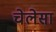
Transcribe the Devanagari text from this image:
चेलेसा